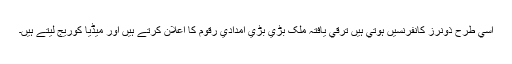
اسي طرح ذونرز کانفرنسيں ہوتي ہيں ترقي يافتہ ملک بڑي بڑي امدادي رقوم کا اعلان کرتے ہيں اور ميڈيا کوريج ليتے ہيں۔